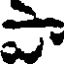
పా